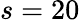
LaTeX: s=20